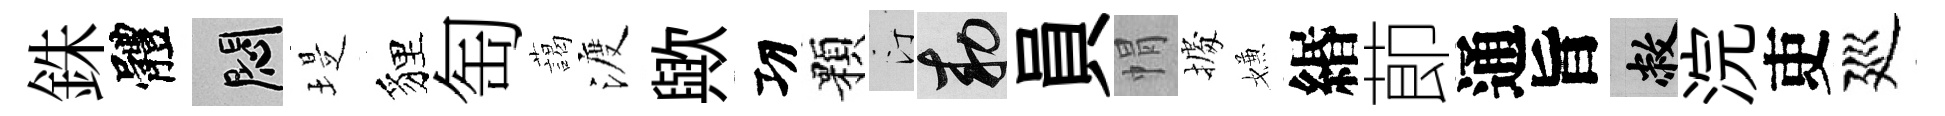
銖體悶堤貍匋藹渡歟㓛顆汀敕員㡌𢴃嫌緡莭通旨敝浣吏廵